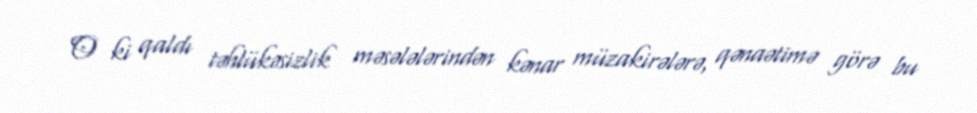
O ki qaldı təhlükəsizlik məsələlərindən kənar müzakirələrə, qənaətimə görə bu